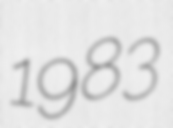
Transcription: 1983